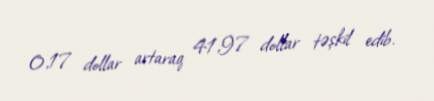
0,17 dollar artaraq 41,97 dollar təşkil edib.